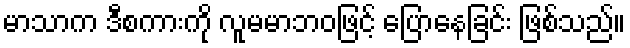
မာသာက ဒီစကားကို လူမမာဘဝဖြင့် ပြောနေခြင်း ဖြစ်သည်။